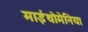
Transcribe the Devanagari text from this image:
माईथोमेनिया